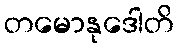
တမောနုဒေါတိ